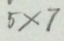
5 \times 7